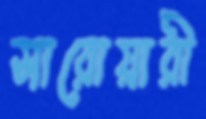
সারোয়ারী